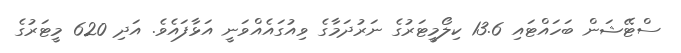
ސްޓޭޝަން ބަހައްޓައި 13.6 ކިލޯމީޓަރުގެ ނަރުދަމާގެ ވިއުގައެއްވަނީ އަޅާފައެވެ. އަދި 620 މީޓަރުގެ